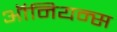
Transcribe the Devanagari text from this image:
ऑनियन्स